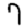
Digit: 7